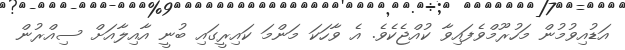
އަޑުއިވުމުން މަހުރޫމްވެފައިވާ ކުއްޖެކެވެ. އެ ވާހަކަ މަންމަ ކައިރީގައި ބުނީ އާއިލާއަށް ސިއްރުން